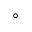
^ { \circ }